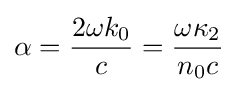
\alpha ={\frac {2\omega k_{0}}{c}}={{\omega \kappa _{2}} \over {n_{0}c}}